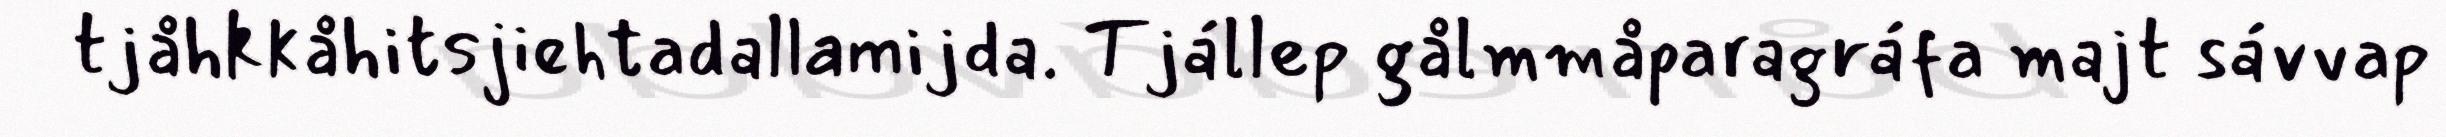
tjåhkkåhitsjiehtadallamijda. Tjállep gålmmåparagráfa majt sávvap